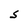
Character: S